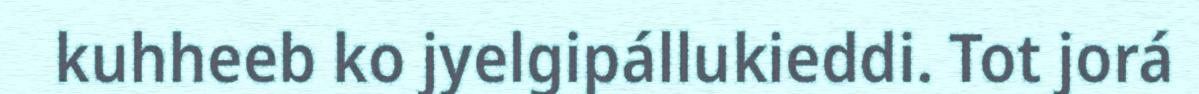
kuhheeb ko jyelgipállukieddi. Tot jorá